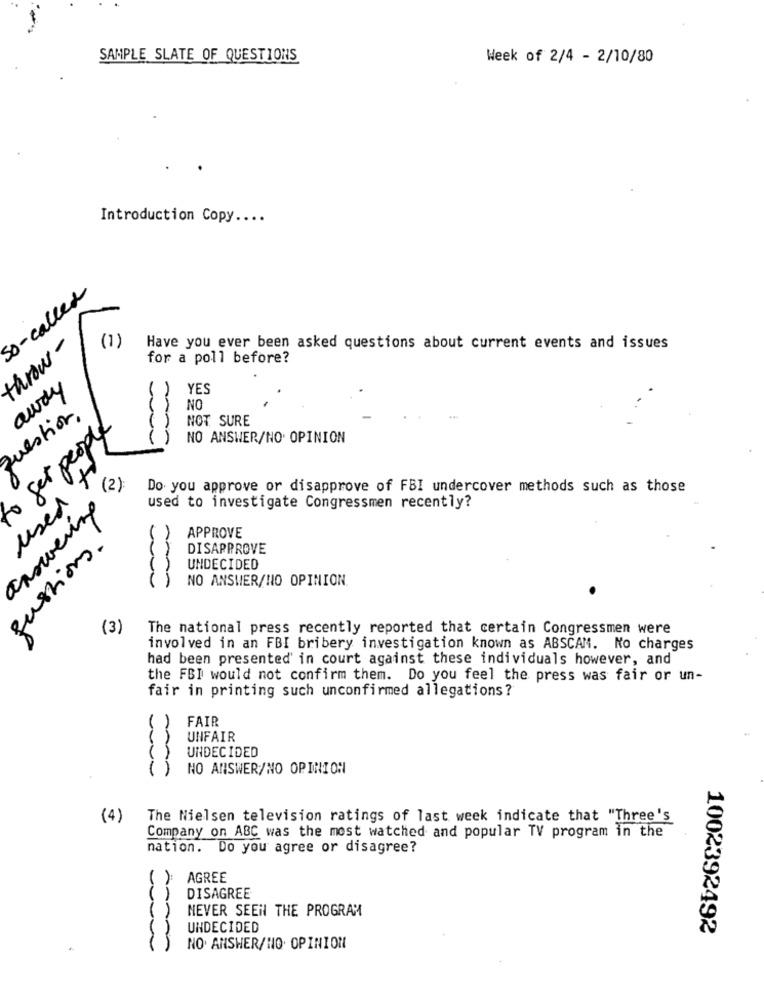
SAMPLE SLATE OF QUESTIONS
Week of 2/4 - 2/10/80
Introduction Copy ....
So-called
throw -
(1)
Have you ever been asked questions about current events and issues
for a poll before?
away
-
YES
NO
question.
NOT SURE
to get people
NO ANSWER/NO. OPINION
4.
(2)
Do you approve or disapprove of FBI undercover methods such as those
used
answering
used to investigate Congressmen recently?
APPROVE
fustions.
DISAPPROVE
UNDECIDED
NO ANSWER/NO OPINION.
(3)
The national press recently reported that certain Congressmen were
involved in an FBI bribery investigation known as ABSCAM. No charges
had been presented in court against these individuals however, and
the FBI would not confirm them. Do you feel the press was fair or un-
fair in printing such unconfirmed allegations?
FAIR
UNFAIR
UNDECIDED
NO ANSWER/NO OPINION
(4)
The Nielsen television ratings of last week indicate that "Three's
Company on ABC was the most watched and popular TV program in the
nation. Do you agree or disagree?
AGREE
DISAGREE
NEVER SEEN THE PROGRAM
UNDECIDED
1002392492
NO ANSWER/NO. OPINION